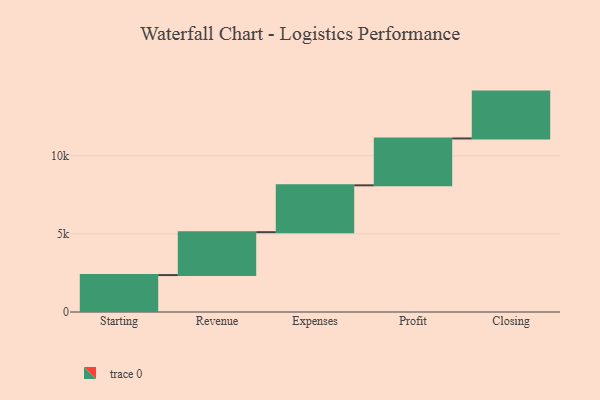
{"axis": {"x": "Step", "y": "Value"}, "legend": [""], "data": [{"x": "Starting", "y": 2363.0, "type": ""}, {"x": "Revenue", "y": 2747.0, "type": ""}, {"x": "Expenses", "y": 3000, "type": ""}, {"x": "Profit", "y": 3000, "type": ""}, {"x": "Closing", "y": 3000, "type": ""}]}